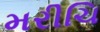
મરીચિ